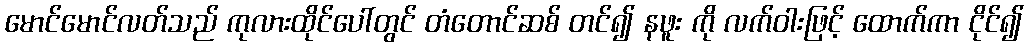
မောင်မောင်လတ်သည် ကုလားထိုင်ပေါ်တွင် တံတောင်ဆစ် တင်၍ နဖူး ကို လက်ဝါးဖြင့် ထောက်ကာ ငိုင်၍